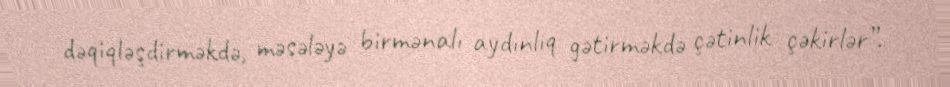
dəqiqləşdirməkdə, məsələyə birmənalı aydınlıq gətirməkdə çətinlik çəkirlər”.